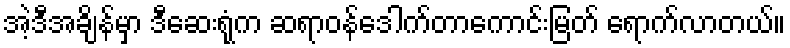
အဲ့ဒီအချိန်မှာ ဒီဆေးရုံက ဆရာဝန်ဒေါက်တာကောင်းမြတ် ရောက်လာတယ်။